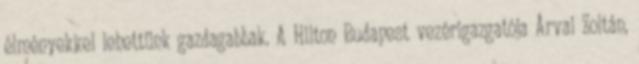
élményekkel lehettünk gazdagabbak. A Hilton Budapest vezérigazgatója Árvai Zoltán,